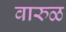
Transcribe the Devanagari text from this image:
वारुळ